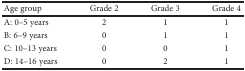
<table><thead><tr><td><b>Age group</b></td><td><b>Grade 2</b></td><td><b>Grade 3</b></td><td><b>Grade 4</b></td></tr></thead><tbody><tr><td>A: 0–5 years</td><td>2</td><td>1</td><td>1</td></tr><tr><td>B: 6–9 years</td><td>0</td><td>1</td><td>1</td></tr><tr><td>C: 10–13 years</td><td>0</td><td>0</td><td>1</td></tr><tr><td>D: 14–16 years</td><td>0</td><td>2</td><td>1</td></tr></tbody></table>